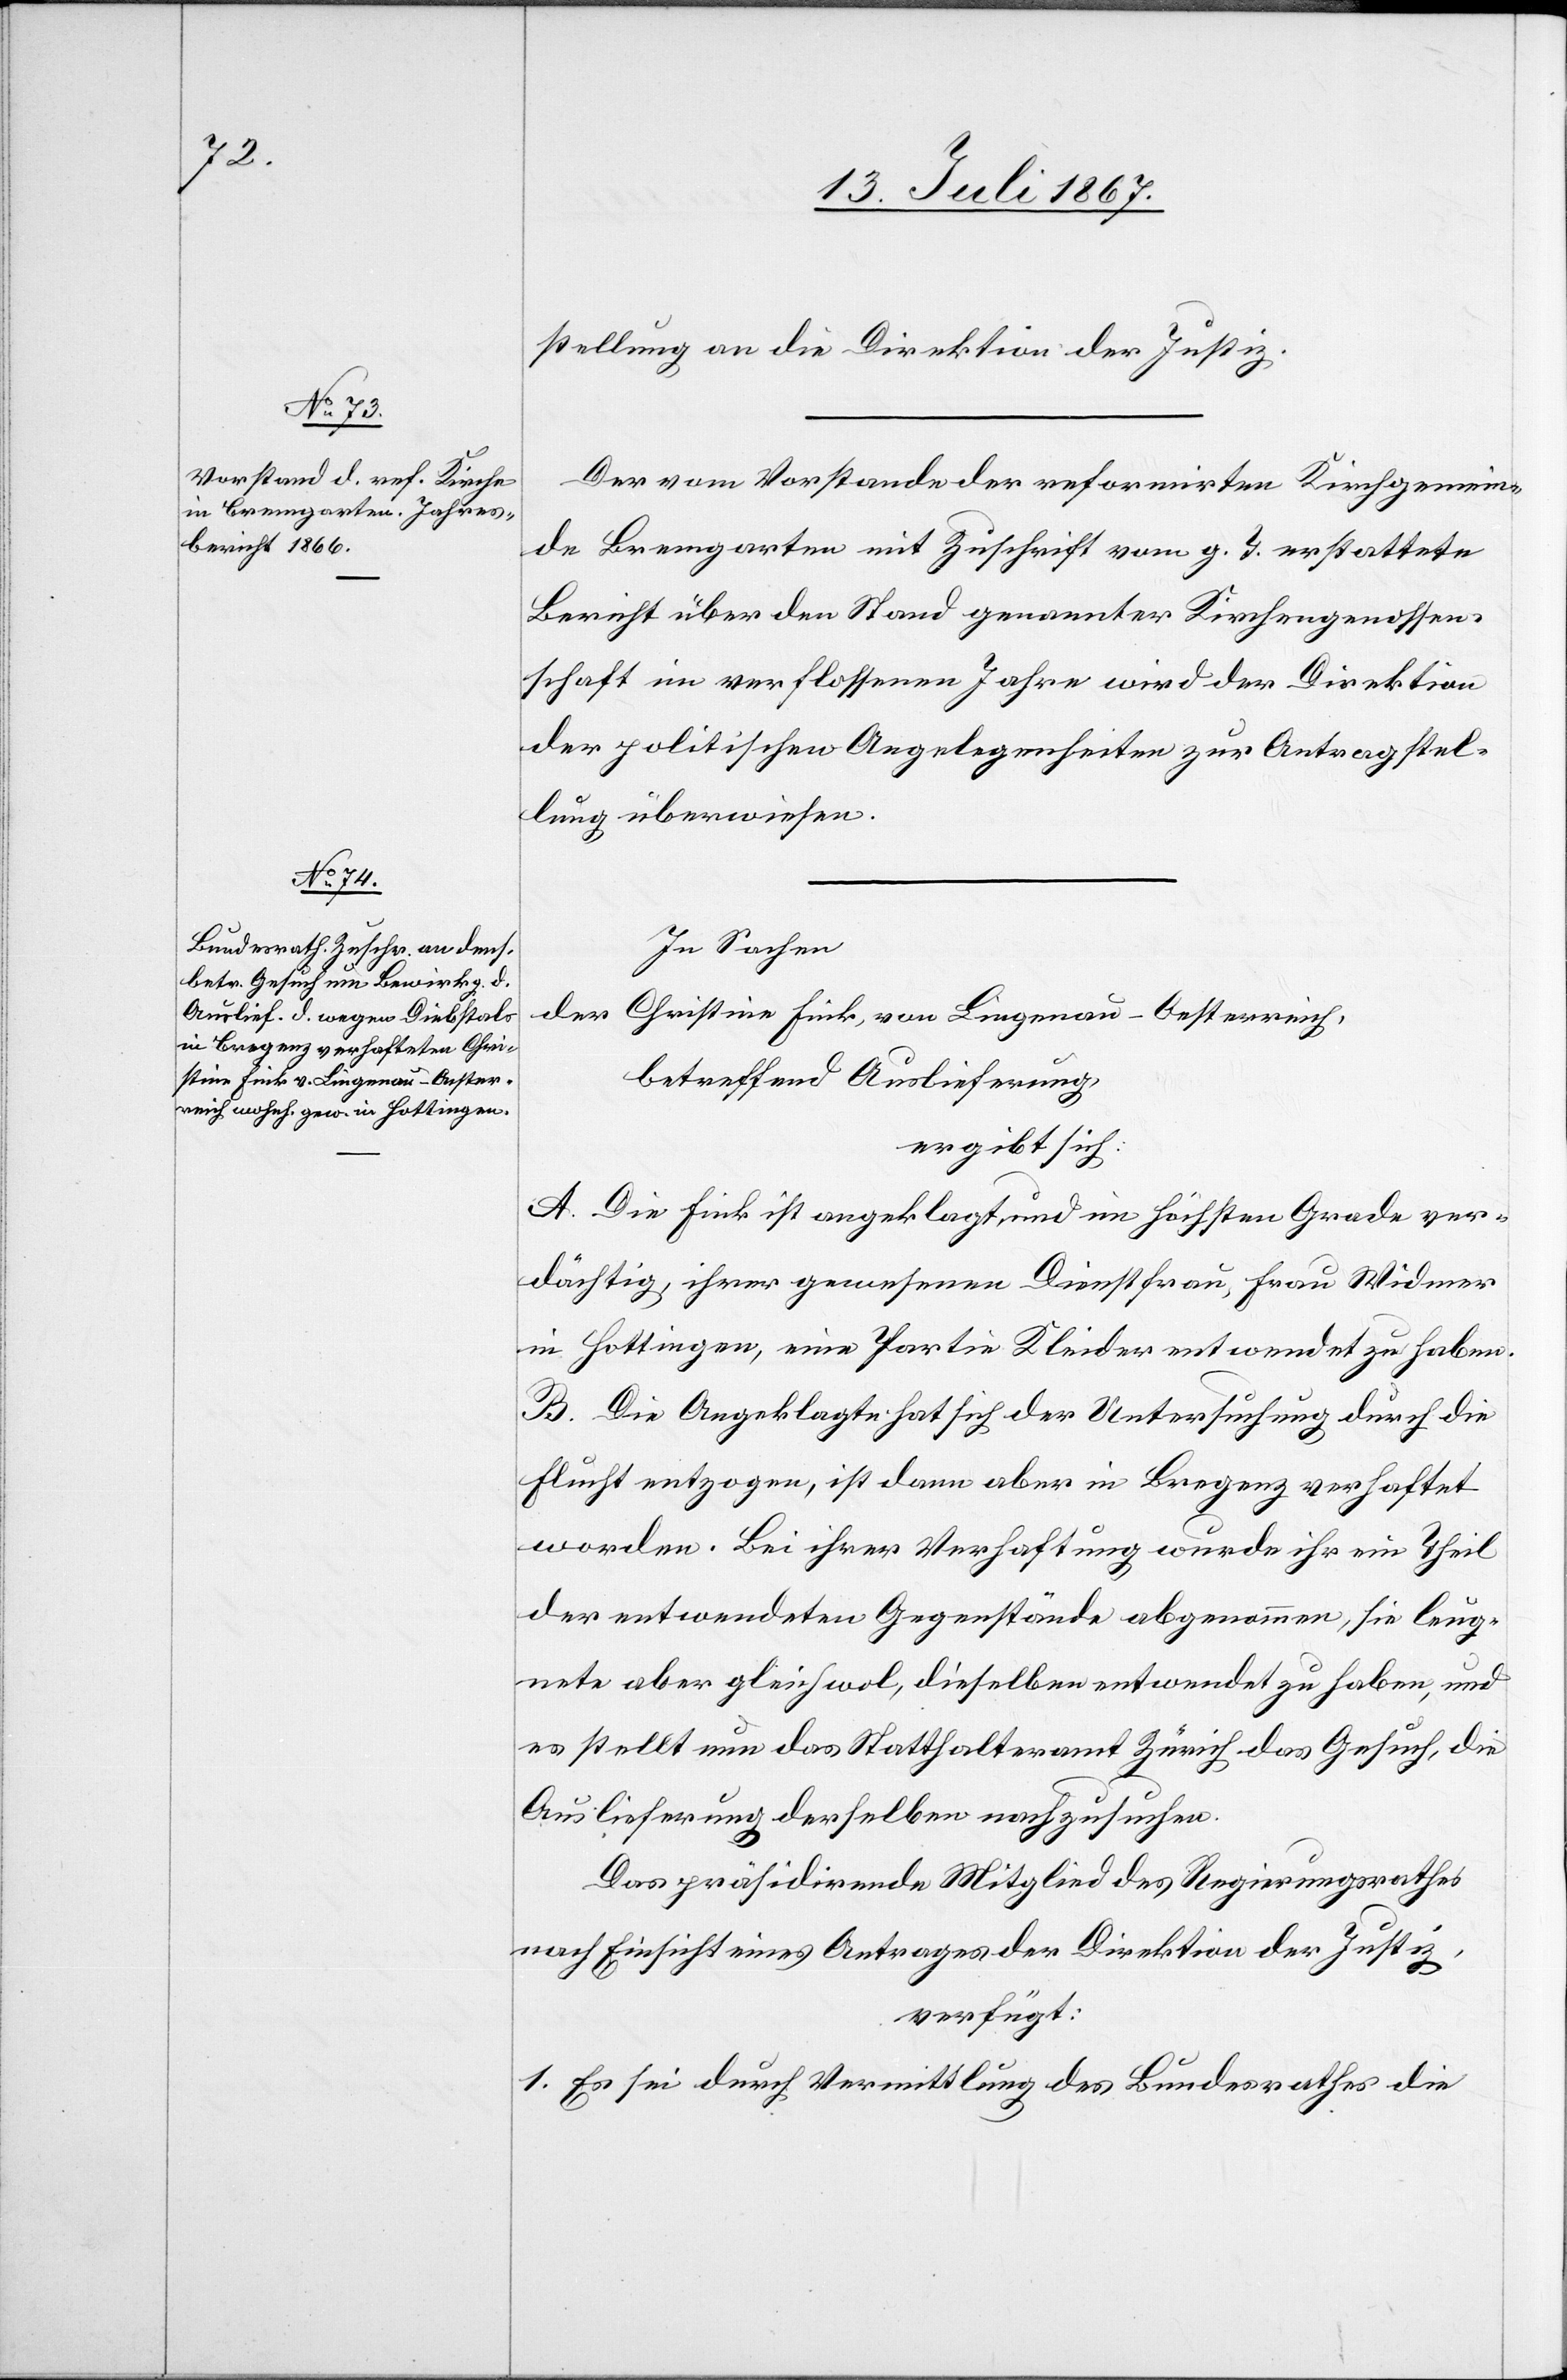
24. Juli 1867.]
stellung an die Direktion der Justiz.
Der vom Vorstande der reformirten Kirchgemein¬
de Bremgarten mit Zuschrift vom g. T. erstattete
Bericht über den Stand genannter Kirchengenossen¬
schaft im verflossenen Jahre wird der Direktion
der politischen Angelegenheiten zur Antragstel¬
lung überwiesen.
In Sachen
der
Christine Fink, von Lingenau-Oesterreich,
betreffend Auslieferung,
ergibt sich:
A. Die Fink ist angeklagt, und im höchsten Grade ver¬
dächtig, ihrer gewesenen Dienstfrau, Frau Widmer
in Hottingen, eine Partie Kleider entwendet zu haben.
B. Die Angeklagte hat sich der Untersuchung durch die
Flucht entzogen, ist dann aber in Bregenz verhaftet
worden. Bei ihrer Verhaftung wurde ihr ein Theil
der entwendeten Gegenstände abgenommen, sie leug¬
nete aber gleichwol, dieselben entwendet zu haben, und
es stellt nun das Statthalteramt Zürich das Gesuch, die
Auslieferung derselben nachzusuchen.
Das präsidirende Mitglied des Regierungsrathes,
nach Einsicht eines Antrages der Direktion der Justiz,
verfügt:
1. Es sei durch Vermittlung des Bundesrathes die